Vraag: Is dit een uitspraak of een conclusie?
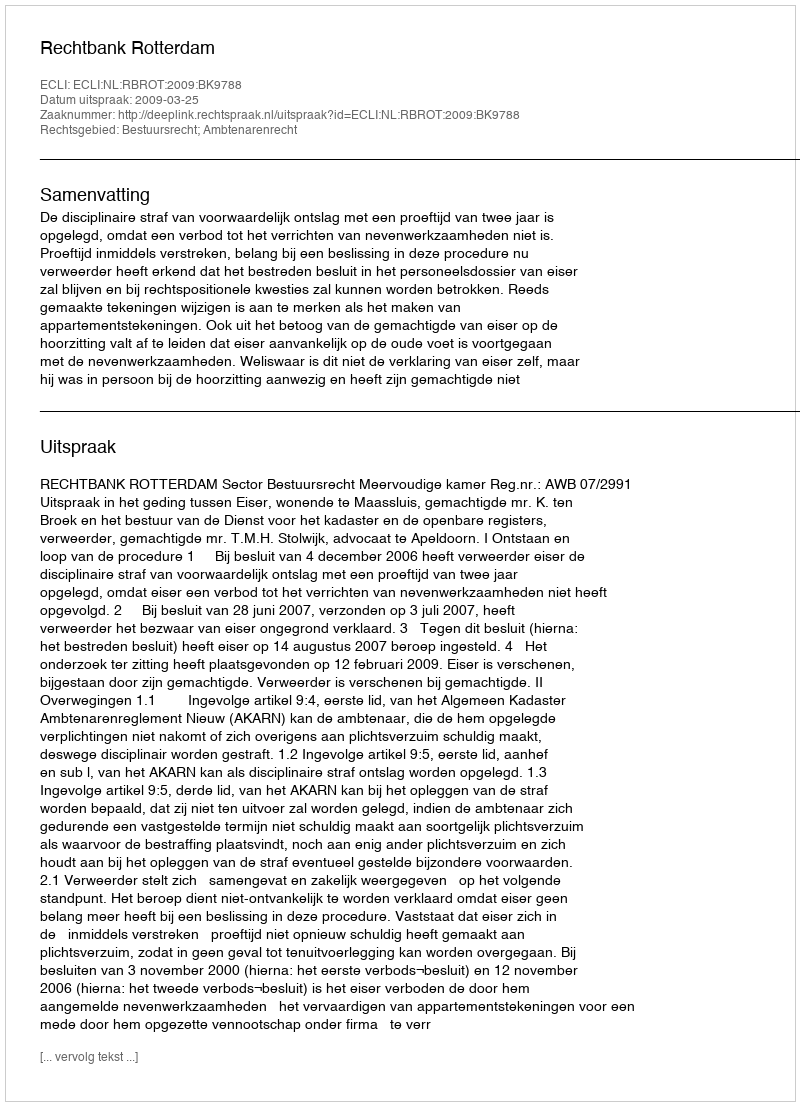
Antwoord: Uitspraak